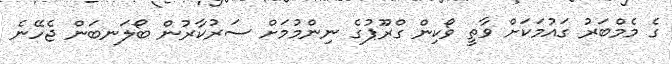
ގެ މެމްބަރު ގައުމަކަށް ވާތީ ވޯކިން ގްރޫޕުގެ ނިންމުމަށް ސަރުކާރުން ބޯލަނބަން ޖެހޭނެ